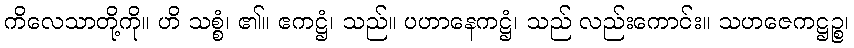
ကိလေသာတို့ကို။ ဟိ သစ္စံ၊ ၏။ ဧကဋ္ဌံ၊ သည်။ ပဟာနေကဋ္ဌံ၊ သည် လည်းကောင်း။ သဟဇေကဋ္ဌဉ္စ၊